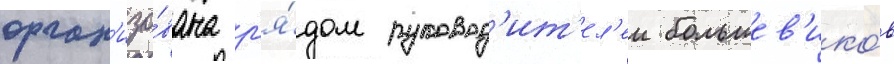
орган'изо́вана р'я́дом руковод'ит'ел'еи большев'ико́в